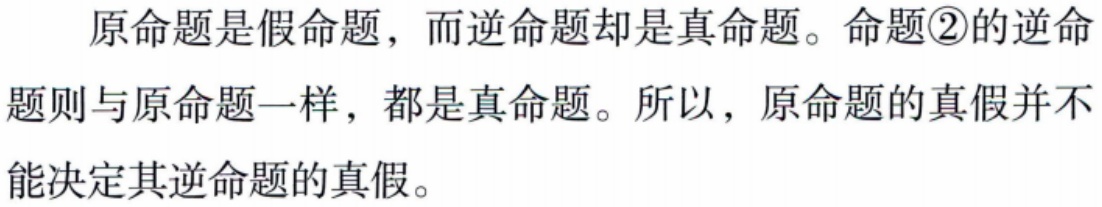
原命题是假命题，而逆命题却是真命题。命题\textcircled{2}的逆命题则与原命题一样，都是真命题。所以，原命题的真假并不能决定其逆命题的真假。